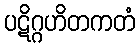
ပဋိဂ္ဂဟိတကတံ